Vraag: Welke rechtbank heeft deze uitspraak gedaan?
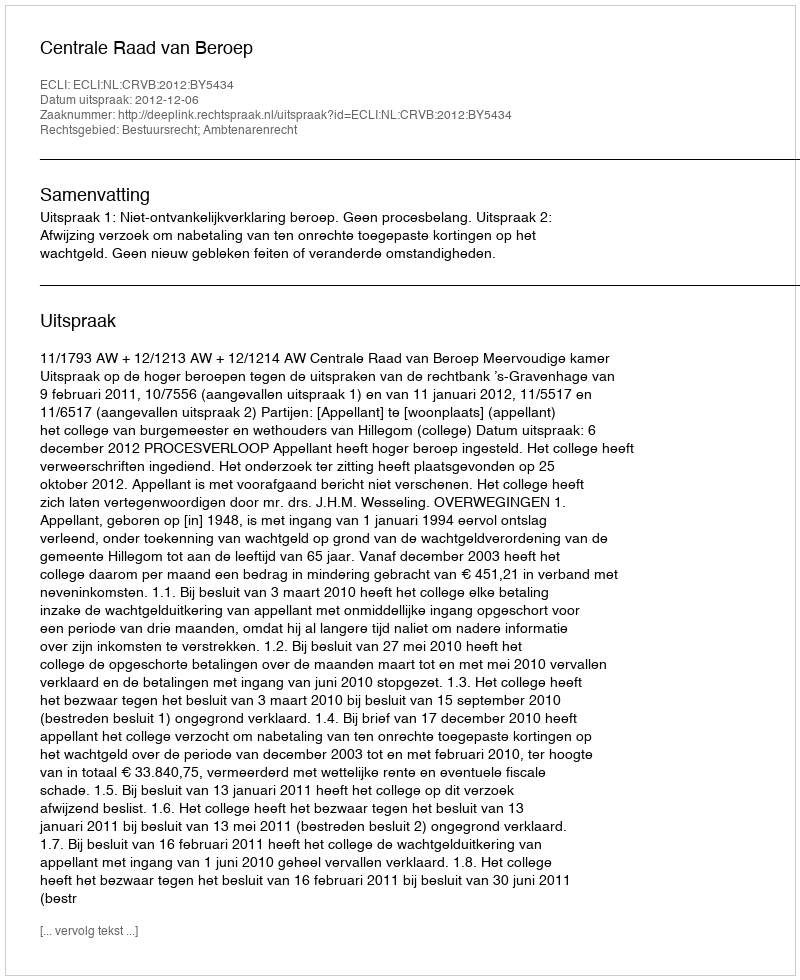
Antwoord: Centrale Raad van Beroep